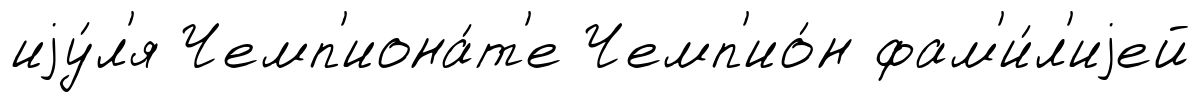
иjу́л'я Чемп'иона́т'е Чемп'ио́н фам'и́л'иjей